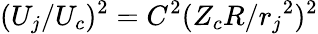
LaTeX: (U_{j}/U_{c})^{2}=C^{2}(Z_{c}R/{r_{j}}^{2})^{2}